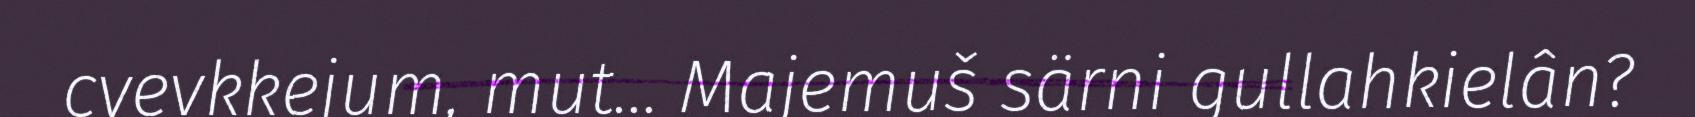
cyevkkejum, mut... Majemuš särni gullahkielân?